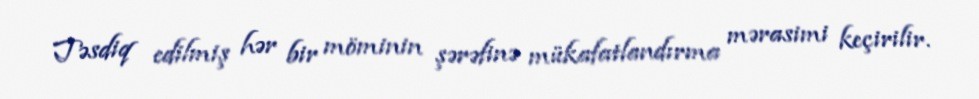
Təsdiq edilmiş hər bir möminin şərəfinə mükafatlandırma mərasimi keçirilir.